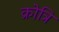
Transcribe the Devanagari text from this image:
क्रोत्रि